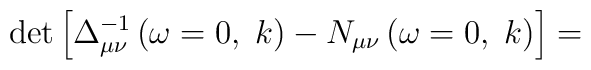
\det \left[ \Delta _{\mu \nu }^{-1}\left( \omega =0,\;k\right) -N_{\mu \nu}\left( \omega =0,\;k\right) \right] =